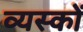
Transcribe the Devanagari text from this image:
व्‍यस्‍कों